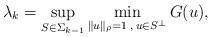
LaTeX: \begin{align*}\lambda_{k} = \sup_{ S \in \Sigma_{k-1}} \min_{\|u\|_{\rho}=1 \:, \: u \in S^\perp} G(u),\end{align*}